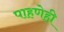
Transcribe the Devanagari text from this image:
पाहणेही